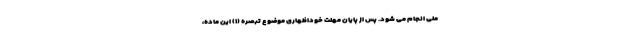
ملی انجام می شود. پس از پایان مهلت خوداظهاری موضوع تبصره (۱) این ماده،